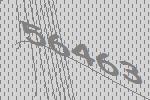
56463